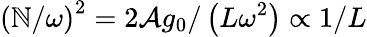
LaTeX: \left(\mathbb{N}/\omega\right)^{2}=2\mathcal{{A}}g_{0}/\left(L\omega^{2}\right)\propto1/L